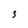
Character: 3